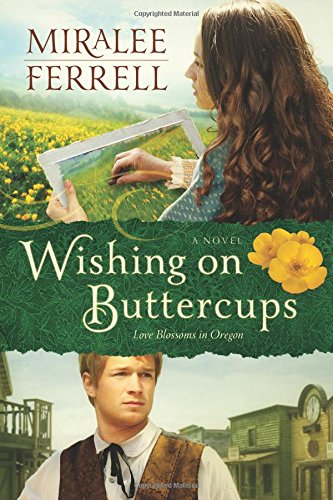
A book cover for Wishing on Buttercups: A Novel (Love Blossoms in Oregon Series); Miralee Ferrell; Romance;